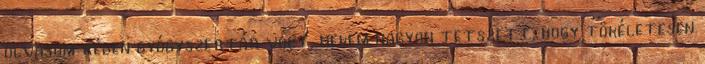
olvasom régen gyógyszertár volt, nekem nagyon tetszett, hogy tökéletesen